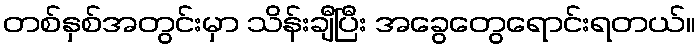
တစ်နှစ်အတွင်းမှာ သိန်းချီပြီး အခွေတွေရောင်းရတယ်။